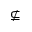
\nsubseteq